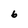
Character: b